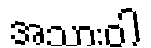
အသားဝါ